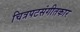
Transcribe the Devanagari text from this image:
चित्रपटसंगीतकार